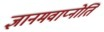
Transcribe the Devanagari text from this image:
ज्ञानमवाप्नोति